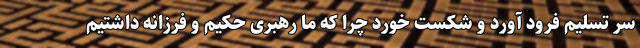
سر تسلیم فرود آورد و شکست خورد چرا که ما رهبری حکیم و فرزانه داشتیم